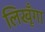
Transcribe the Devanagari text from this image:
लिखूँगा